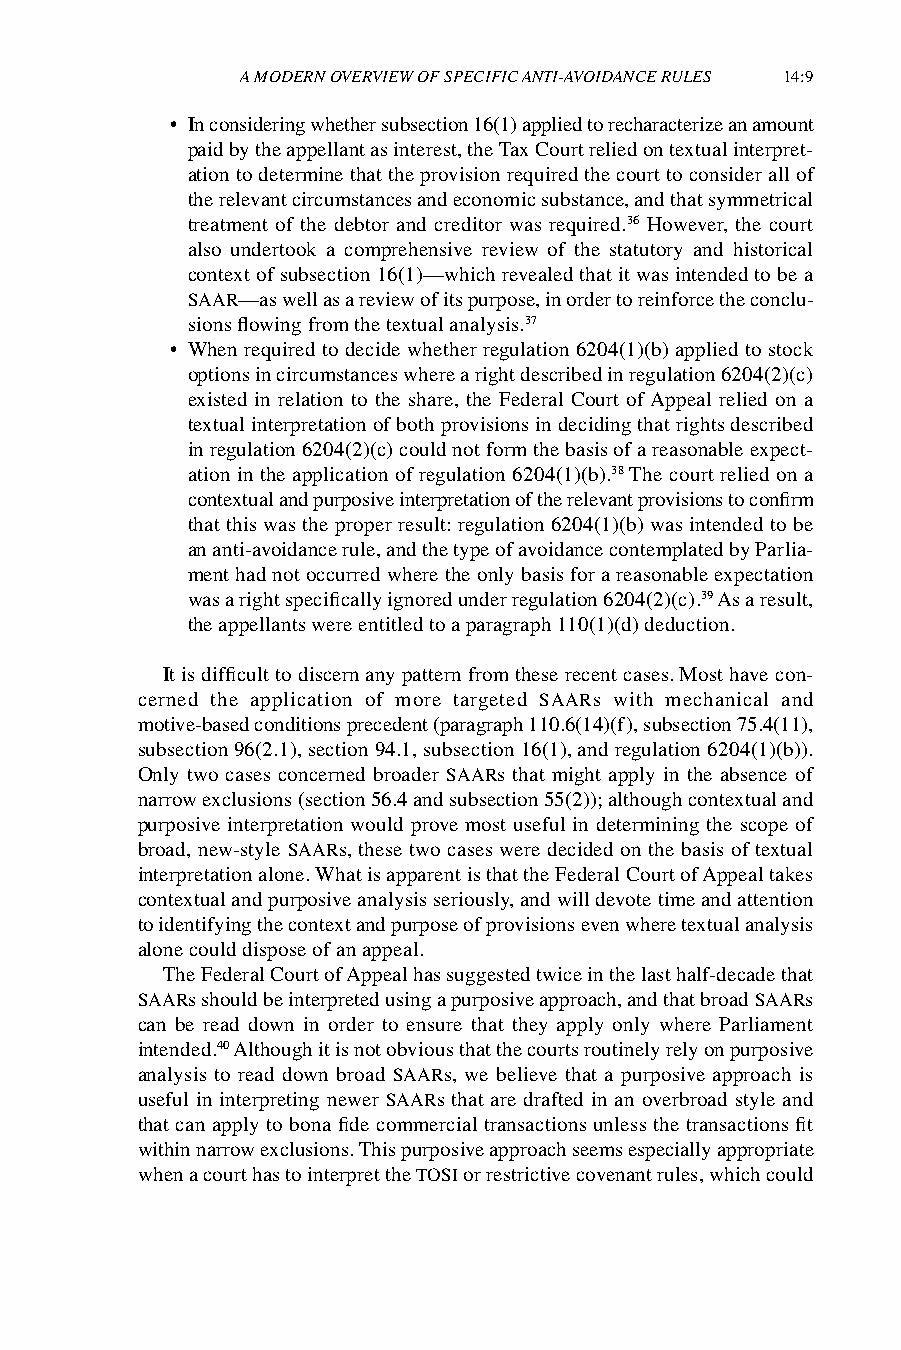
A MODERN OVERVIEW OF SPECIFIC ANTI-AVOIDANCE RULES 14:9
 • In considering whether subsection 16(1) applied to recharacterize an amount
 paid by the appellant as interest, the Tax Court relied on textual interpret-
 ation to determine that the provision required the court to consider all of
 the relevant circumstances and economic substance, and that symmetrical
 treatment of the debtor and creditor was required.36 However, the court
 also undertook a comprehensive review of the statutory and historical
 context of subsection 16(1)—which revealed that it was intended to be a
 SAAR—as well as a review of its purpose, in order to reinforce the conclu-
 sions flowing from the textual analysis.37
 • When required to decide whether regulation 6204(1)(b) applied to stock
 options in circumstances where a right described in regulation 6204(2)(c)
 existed in relation to the share, the Federal Court of Appeal relied on a
 textual interpretation of both provisions in deciding that rights described
 in regulation 6204(2)(c) could not form the basis of a reasonable expect-
 ation in the application of regulation 6204(1)(b).38 The court relied on a
 contextual and purposive interpretation of the relevant provisions to confirm
 that this was the proper result: regulation 6204(1)(b) was intended to be
 an anti-avoidance rule, and the type of avoidance contemplated by Parlia-
 ment had not occurred where the only basis for a reasonable expectation
 was a right specifically ignored under regulation 6204(2)(c).39 As a result,
 the appellants were entitled to a paragraph 110(1)(d) deduction.
 It is difficult to discern any pattern from these recent cases. Most have con-
 cerned the application of more targeted SAARs with mechanical and
 motive-based conditions precedent (paragraph 110.6(14)(f), subsection 75.4(11),
 subsection 96(2.1), section 94.1, subsection 16(1), and regulation 6204(1)(b)).
 Only two cases concerned broader SAARs that might apply in the absence of
 narrow exclusions (section 56.4 and subsection 55(2)); although contextual and
 purposive interpretation would prove most useful in determining the scope of
 broad, new-style SAARs, these two cases were decided on the basis of textual
 interpretation alone. What is apparent is that the Federal Court of Appeal takes
 contextual and purposive analysis seriously, and will devote time and attention
 to identifying the context and purpose of provisions even where textual analysis
 alone could dispose of an appeal.
 The Federal Court of Appeal has suggested twice in the last half-decade that
 SAARs should be interpreted using a purposive approach, and that broad SAARs
 can be read down in order to ensure that they apply only where Parliament
 intended.40 Although it is not obvious that the courts routinely rely on purposive
 analysis to read down broad SAARs, we believe that a purposive approach is
 useful in interpreting newer SAARs that are drafted in an overbroad style and
 that can apply to bona fide commercial transactions unless the transactions fit
 within narrow exclusions. This purposive approach seems especially appropriate
 when a court has to interpret the TOSI or restrictive covenant rules, which could